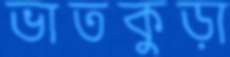
ভাতকুড়া